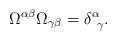
LaTeX: \begin{align*}\Omega^{\alpha \beta} \Omega_{\gamma \beta} = \delta^{\alpha}_{~\gamma}.\end{align*}